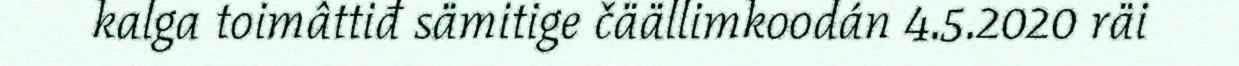
kalga toimâttiđ sämitige čäällimkoodán 4.5.2020 räi